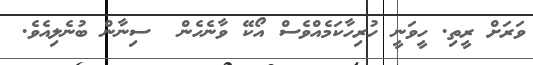
ވަރަށް ރީތި. ހީވަނީ ހުރިހާކަމެއްވެސް އޯކޭ ވާނެހެން  ސިނާން ބުނެލިއެވެ.